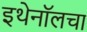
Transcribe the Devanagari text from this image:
इथेनॉलचा